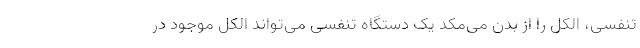
تنفسی، الکل را از بدن می‌مکد یک دستگاه تنفسی می‌تواند الکل موجود در